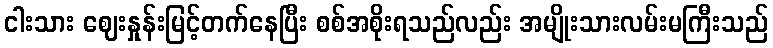
ငါးသား ဈေးနှုန်းမြင့်တက်နေပြီး စစ်အစိုးရသည်လည်း အမျိုးသားလမ်းမကြီးသည်